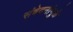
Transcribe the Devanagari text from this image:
संवेदनांमुळे